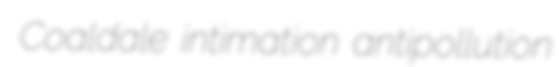
Coaldale intimation antipollution